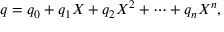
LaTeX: q = q _ { 0 } + q _ { 1 } X + q _ { 2 } X ^ { 2 } + \cdots + q _ { n } X ^ { n } ,